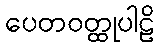
ပေတဝတ္ထုပါဠိ